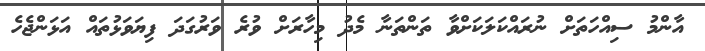
އާންމު ސިއްހަތަށް ނުރައްކަލަކަށްވާ ތަންތަނާ މެދު މިހާރަށް ވުރެ ވަރުގަދަ ފިޔަވަޅުތައް އަޅަންޖެހެ